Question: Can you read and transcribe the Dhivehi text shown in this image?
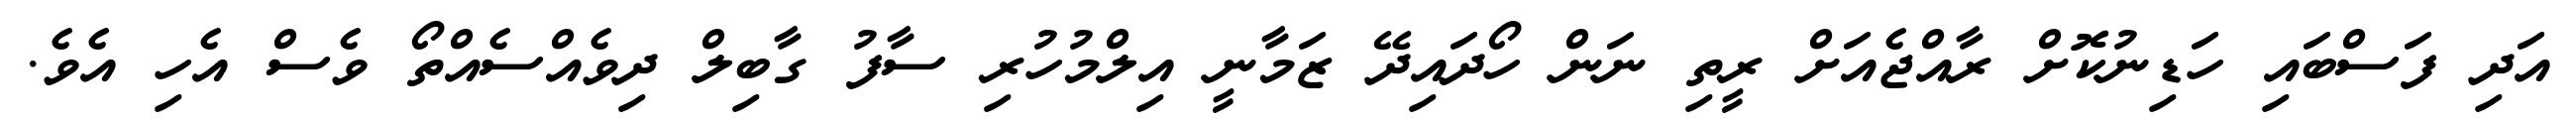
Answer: އަދި ފަސްބައި ހަޑިނުކޮށް ރާއްޖެއަށް ރީތި ނަން ހޯދައިދޭ ޒަމާނީ އިލްމުހުރި ސާފު ގާބިލް ދިވެއްސެއްތޯ ވެސް އެހި އެވެ.